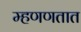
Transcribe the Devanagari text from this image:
म्हणणतात